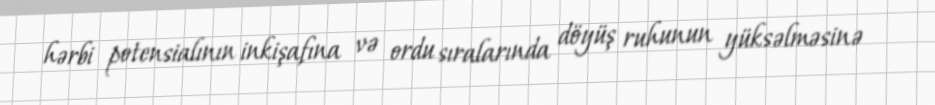
hərbi potensialının inkişafına və ordu sıralarında döyüş ruhunun yüksəlməsinə